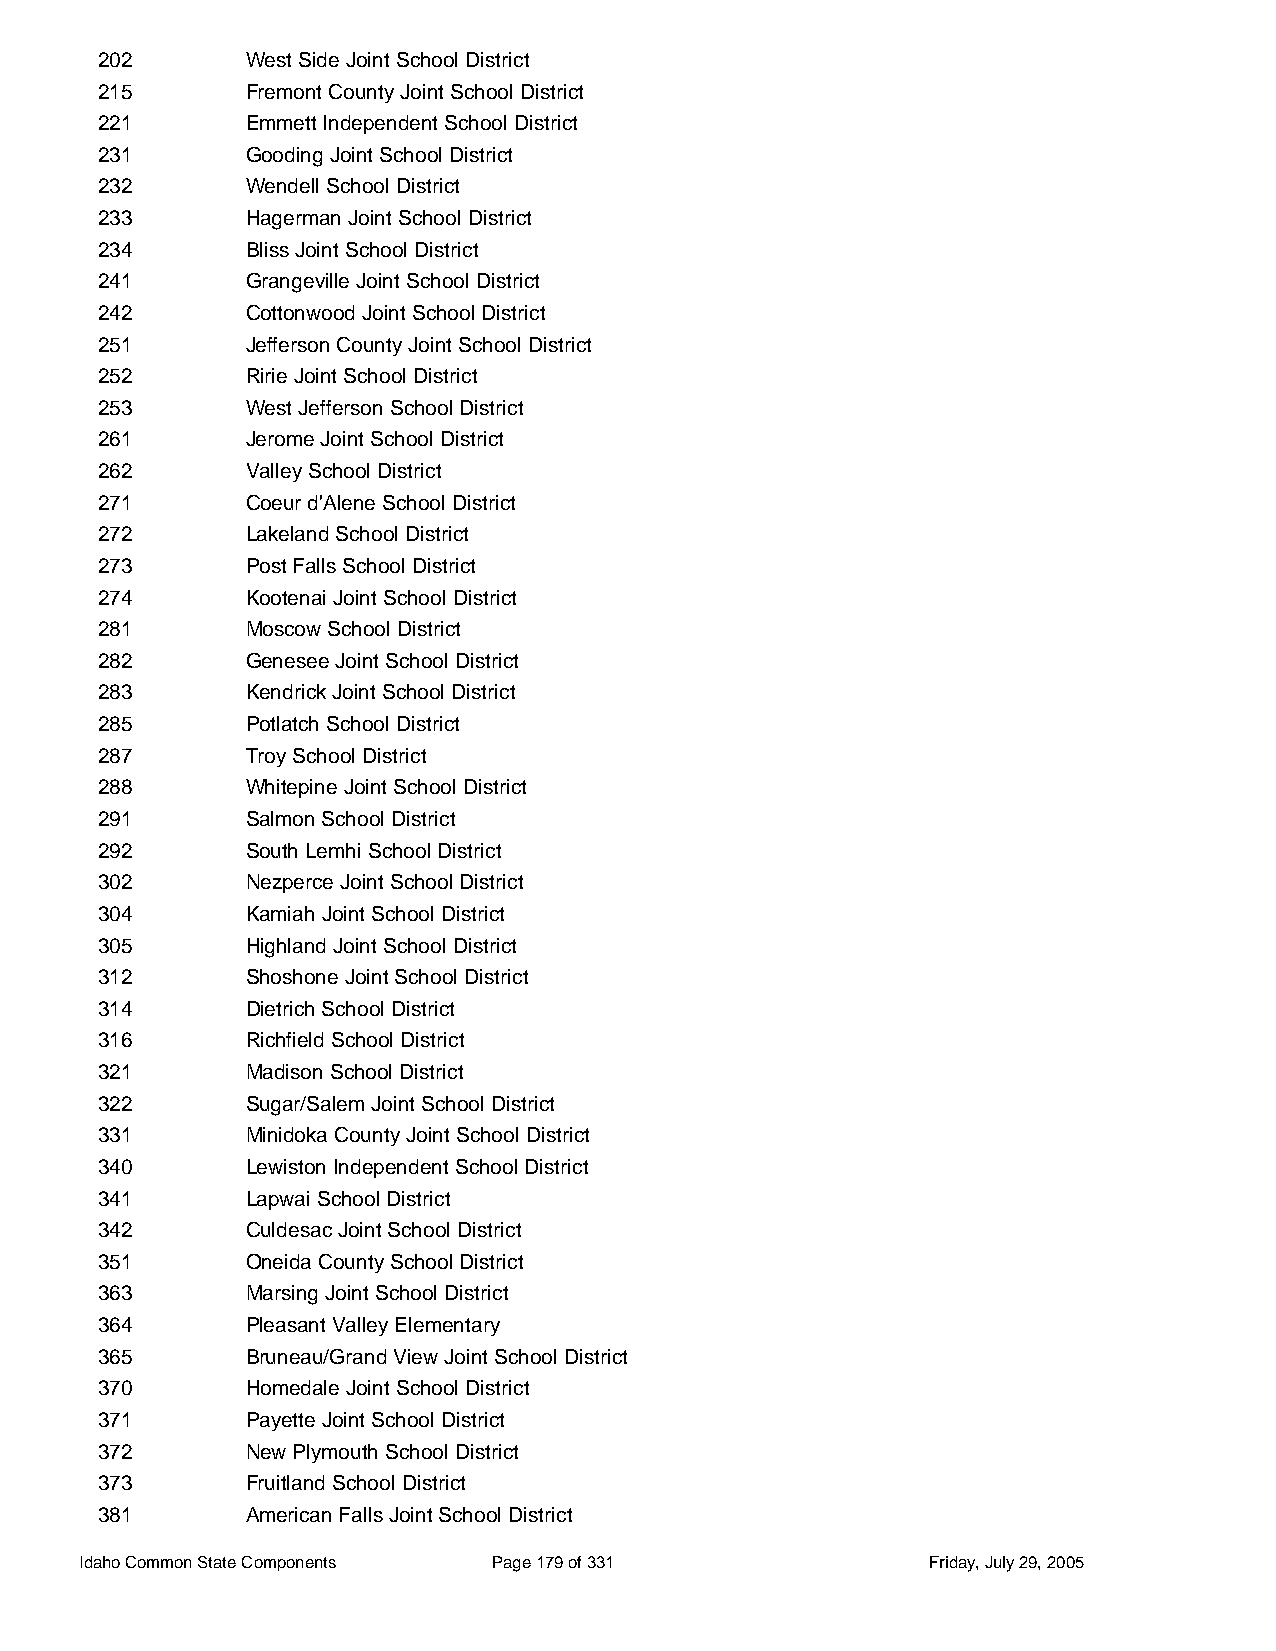
202       West Side Joint School District
 215       Fremont County Joint School District
 221       Emmett Independent School District
 231       Gooding Joint School District
 232       Wendell School District
 233       Hagerman Joint School District
 234       Bliss Joint School District
 241       Grangeville Joint School District
 242       Cottonwood Joint School District
 251       Jefferson County Joint School District
 252       Ririe Joint School District
 253       West Jefferson School District
 261       Jerome Joint School District
 262       Valley School District
 271       Coeur d'Alene School District
 272       Lakeland School District
 273       Post Falls School District
 274       Kootenai Joint School District
 281       Moscow School District
 282       Genesee Joint School District
 283       Kendrick Joint School District
 285       Potlatch School District
 287       Troy School District
 288       Whitepine Joint School District
 291       Salmon School District
 292       South Lemhi School District
 302       Nezperce Joint School District
 304       Kamiah Joint School District
 305       Highland Joint School District
 312       Shoshone Joint School District
 314       Dietrich School District
 316       Richfield School District
 321       Madison School District
 322       Sugar/Salem Joint School District
 331       Minidoka County Joint School District
 340       Lewiston Independent School District
 341       Lapwai School District
 342       Culdesac Joint School District
 351       Oneida County School District
 363       Marsing Joint School District
 364       Pleasant Valley Elementary
 365       Bruneau/Grand View Joint School District
 370       Homedale Joint School District
 371       Payette Joint School District
 372       New Plymouth School District
 373       Fruitland School District
 381       American Falls Joint School District
 Idaho Common State Components Page 179 of 331           Friday, July 29, 2005